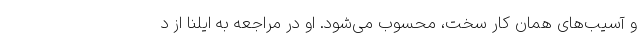
و آسیب‌های همان کار سخت، محسوب می‌شود. او در مراجعه به ایلنا از د